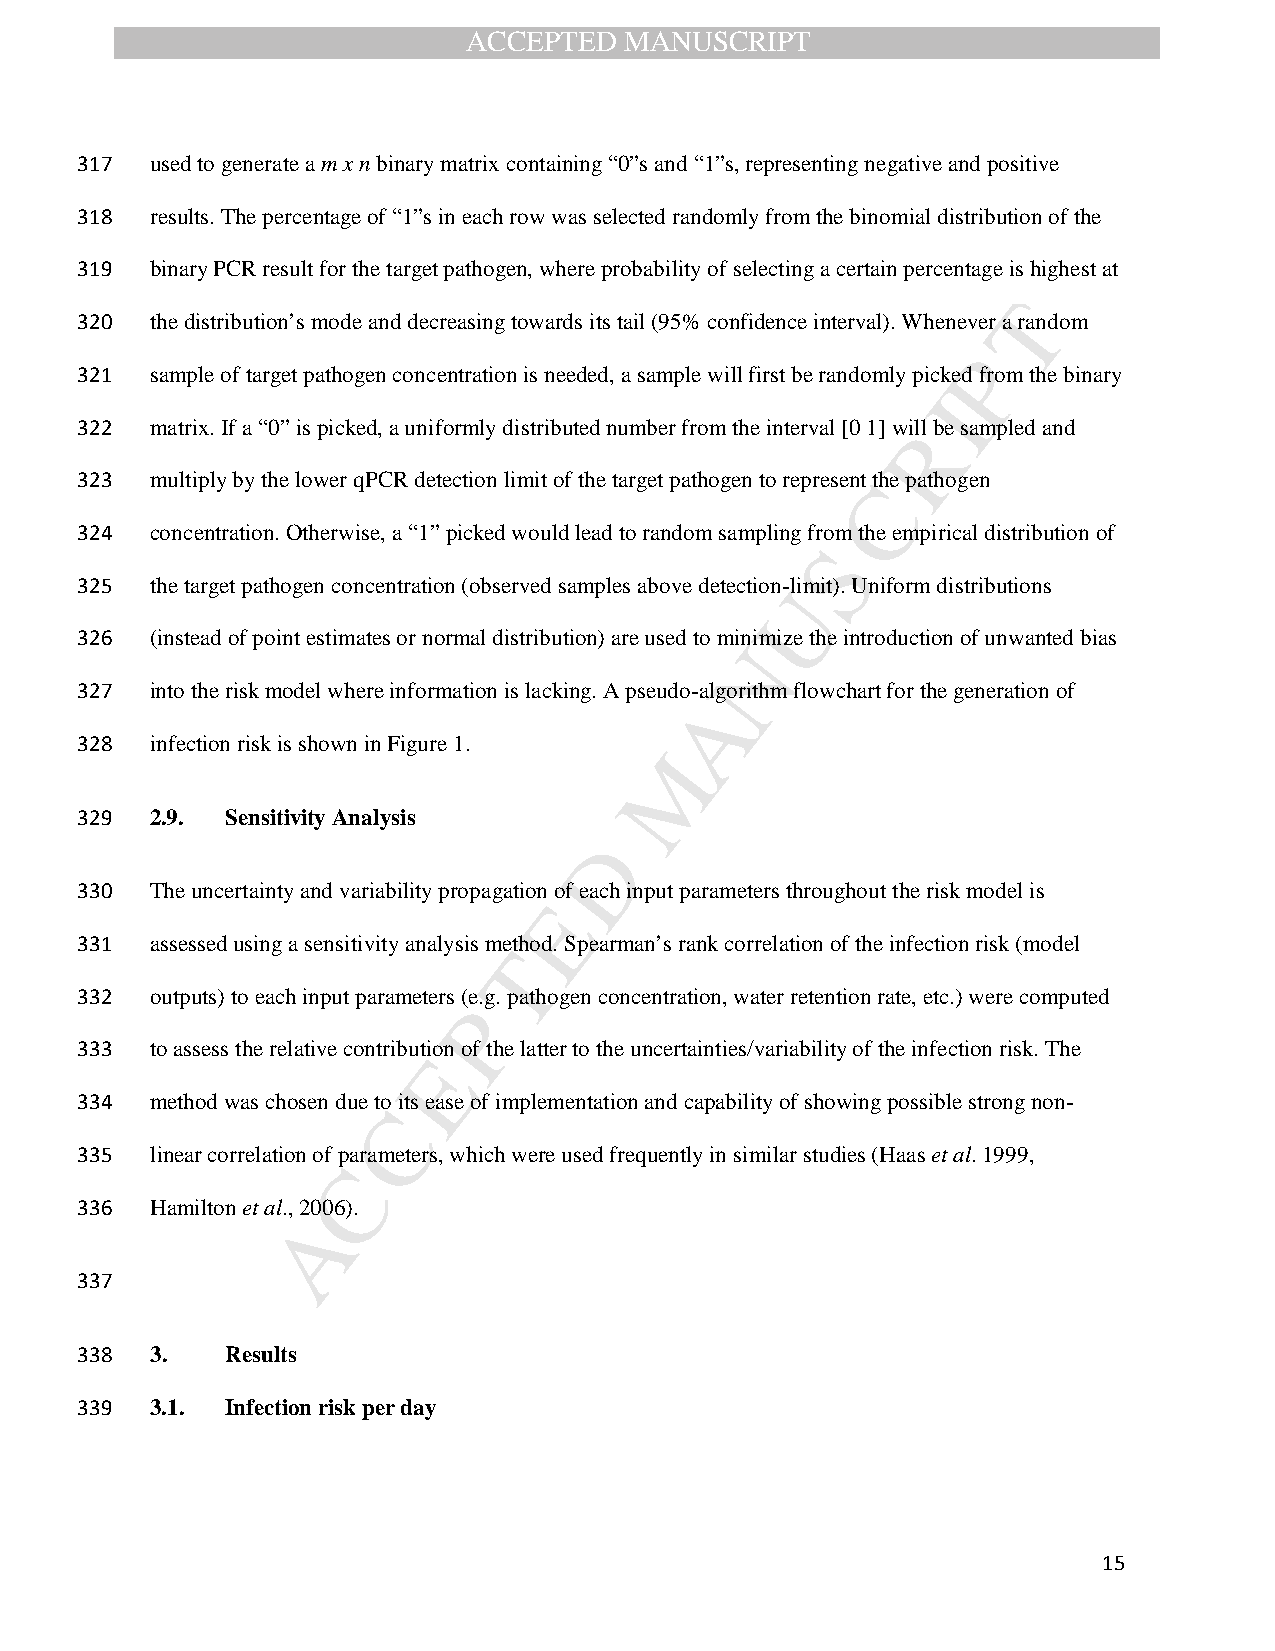
ACCEPTED  MANUSCRIPT
 317  used to generate a m x n binary matrix containing “0”s and “1”s, representing negative and positive
 318  results. The percentage of “1”s in each row was selected randomly from the binomial distribution of the
 319  binary PCR result for the target pathogen, where probability of selecting a certain percentage is highest at
 T
 320  the distribution’s mode and decreasing towards its tail (95% confidence interval). Whenever a random
 P
 321  sample of target pathogen concentration is needed, a sample will first be randomly picked from the binary
 I
 322  matrix. If a “0” is picked, a uniformly distributed number from the interval [0 1] wiRll be sampled and
 323  multiply by the lower qPCR detection limit of the target pathogen to representC the pathogen
 324  concentration. Otherwise, a “1” picked would lead to random sampling from the empirical distribution of
 S
 325  the target pathogen concentration (observed samples above detection-Ulimit). Uniform distributions
 326  (instead of point estimates or normal distribution) are used to minimize the introduction of unwanted bias
 N
 327  into the risk model where information is lacking. A pseudo-algorithm flowchart for the generation of
 A
 328  infection risk is shown in Figure 1.
 M
 329  2.9. Sensitivity Analysis
 D
 330  The uncertainty and variability propagation of each input parameters throughout the risk model is
 E
 331  assessed using a sensitivity analysis method. Spearman’s rank correlation of the infection risk (model
 T
 332  outputs) to each input parameters (e.g. pathogen concentration, water retention rate, etc.) were computed
 P
 333  to assess the relative contribution of the latter to the uncertainties/variability of the infection risk. The
 E
 334  method was chosen due to its ease of implementation and capability of showing possible strong non-
 C
 335  linear correlation of parameters, which were used frequently in similar studies (Haas et al. 1999,
 C
 336  Hamilton et al., 2006).
 A
 337
 338  3.   Results
 339  3.1. Infection risk per day
 15